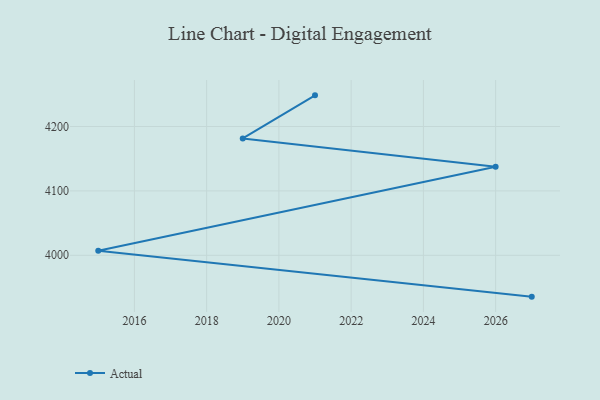
{"axis": {"x": "Year", "y": "Net Income (USD K)"}, "legend": ["Actual"], "data": [{"x": "2021", "y": 4248.3, "type": "Actual"}, {"x": "2019", "y": 4181.4, "type": "Actual"}, {"x": "2026", "y": 4137.5, "type": "Actual"}, {"x": "2015", "y": 4007.1, "type": "Actual"}, {"x": "2027", "y": 3935.8, "type": "Actual"}]}